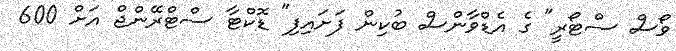
ވޯސް ސްޓޯރީ" ގެ އެޑްވާންސް ބުކިން ފަށައިފި" ޑޮކްޓާ ސްޓްރޭންޖް އަށް 600